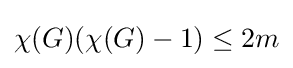
\chi (G)(\chi (G)-1)\leq 2m